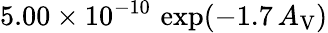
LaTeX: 5.00\times 10^{-10}\, \exp(-1.7\, A_{\mathrm{V}})